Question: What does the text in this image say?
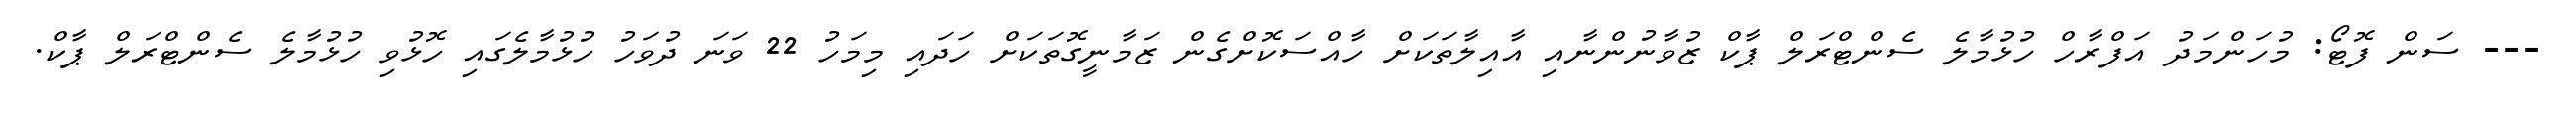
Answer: --- ސަން ފޮޓޯ: މުހަންމަދު އަފްރާހް ހުޅުމާލެ ސެންޓްރަލް ޕާކް ޒުވާނުންނާއި އާއިލާތަކަށް ހާއްސަކޮށްގެން ޒަމާނީގޮތަކަށް ހަދައި މިމަހު 22 ވަނަ ދުވަހު ހުޅުމާލެގައި ހޮޅުވި ހުޅުމާލެ ސެންޓްރަލް ޕާކް.